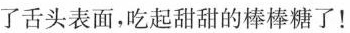
了舌头表面，吃起甜甜的棒棒糖了！